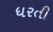
ધરતી